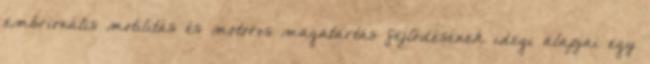
embrionális motilitás és motoros magatartás fejlődésének idegi alapjai egy